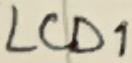
Text: LCD1